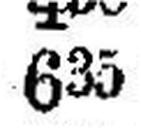
635